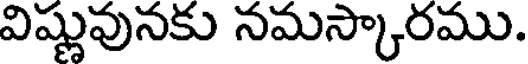
విష్ణువునకు నమస్కారము.